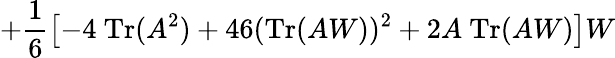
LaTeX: +\frac 16\left[-4\ \mathrm{Tr}(A^{2})+46(\mathrm{Tr}(AW))^{2}+2A\ \mathrm{Tr}(AW)\right]W